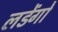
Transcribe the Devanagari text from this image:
लडेंगो